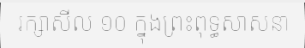
រក្សាសីល ១០ ក្នុងព្រះពុទ្ធសាសនា